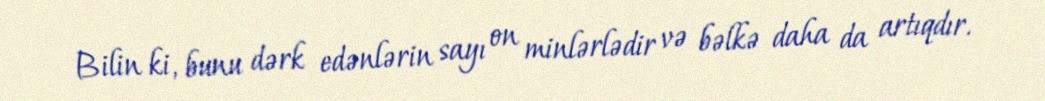
Bilin ki, bunu dərk edənlərin sayı on minlərlədir və bəlkə daha da artıqdır.